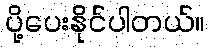
ပို့ပေးနိုင်ပါတယ်။